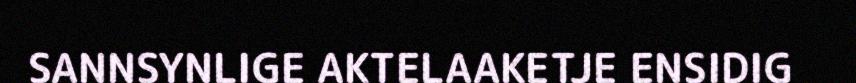
SANNSYNLIGE AKTELAAKETJE ENSIDIG